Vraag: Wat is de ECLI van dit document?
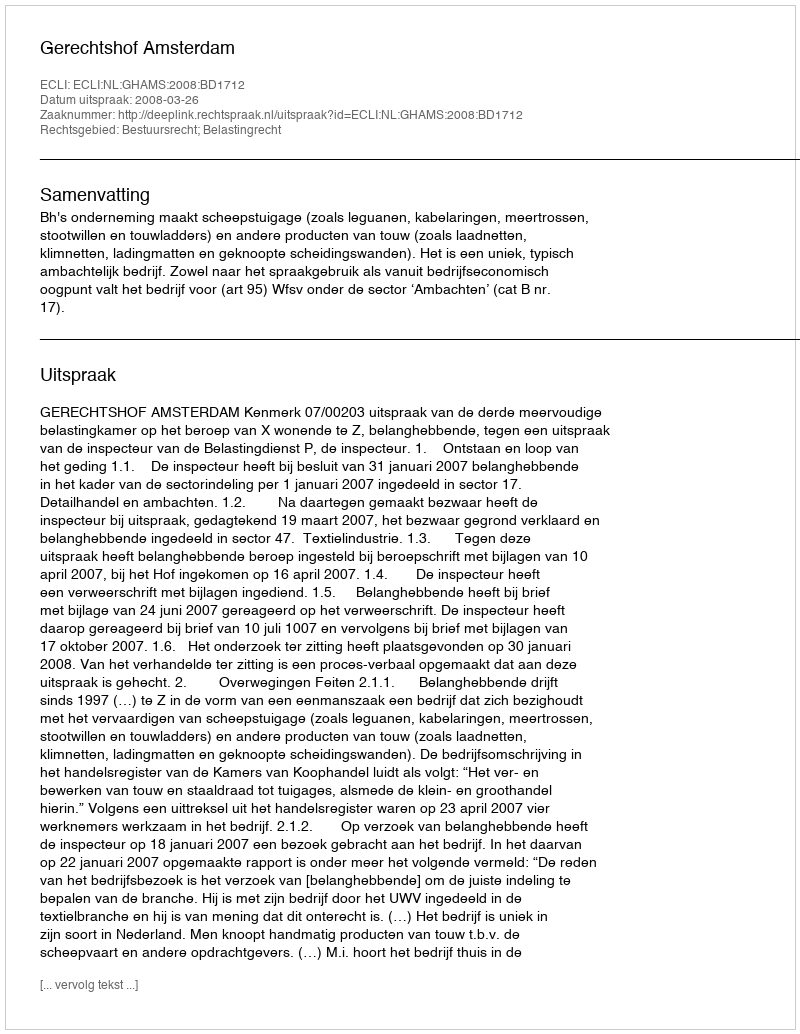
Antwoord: ECLI:NL:GHAMS:2008:BD1712